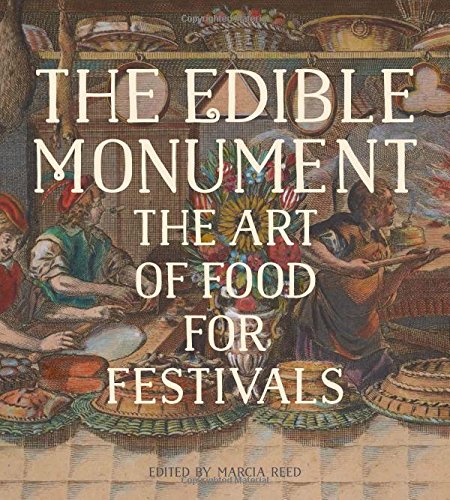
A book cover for The Edible Monument: The Art of Food for Festivals; Politics & Social Sciences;